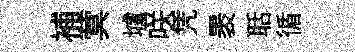
補蓂壚咲凭褁聒循